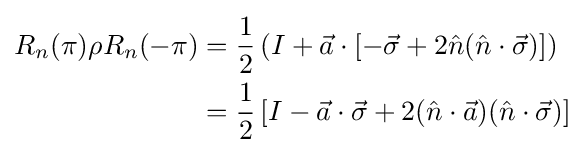
{\begin{aligned}R_{n}(\pi )\rho R_{n}(-\pi )&={\frac {1}{2}}\left(I+{\vec {a}}\cdot [-{\vec {\sigma }}+2{\hat {n}}({\hat {n}}\cdot {\vec {\sigma }})]\right)\\&={\frac {1}{2}}\left[I-{\vec {a}}\cdot {\vec {\sigma }}+2({\hat {n}}\cdot {\vec {a}})({\hat {n}}\cdot {\vec {\sigma }})\right]\end{aligned}}